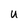
Character: U